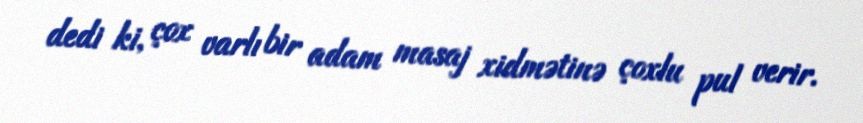
dedi ki, çox varlı bir adam masaj xidmətinə çoxlu pul verir.